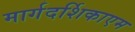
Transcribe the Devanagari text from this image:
मार्गदर्शिकाएम